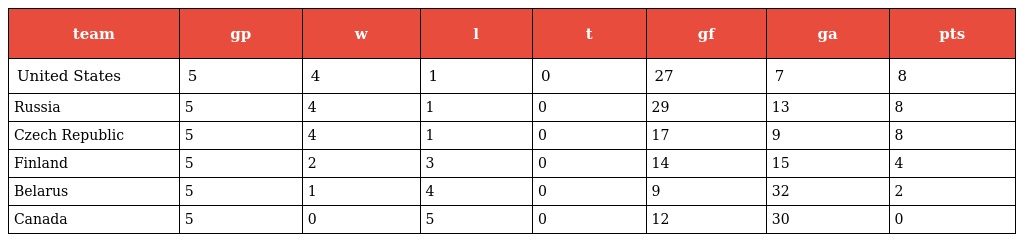
| team | gp | w | l | t | gf | ga | pts |
 | --- | --- | --- | --- | --- | --- | --- | --- |
 | United States | 5 | 4 | 1 | 0 | 27 | 7 | 8 |
 | Russia | 5 | 4 | 1 | 0 | 29 | 13 | 8 |
 | Czech Republic | 5 | 4 | 1 | 0 | 17 | 9 | 8 |
 | Finland | 5 | 2 | 3 | 0 | 14 | 15 | 4 |
 | Belarus | 5 | 1 | 4 | 0 | 9 | 32 | 2 |
 | Canada | 5 | 0 | 5 | 0 | 12 | 30 | 0 |